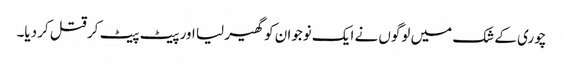
چوری کے شک میں لوگوں نے ایک نوجوان کو گھیر لیا اور پیٹ پیٹ کر قتل کر دیا۔